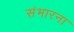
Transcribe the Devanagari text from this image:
संभारना